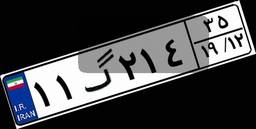
۱۱گ۲۱۴۳۵